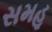
સમહૂ